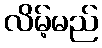
လိမ့်မည်